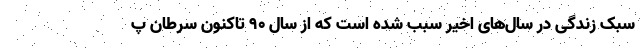
سبک زندگی در سال‌های اخیر سبب شده است که از سال ۹۰ تاکنون سرطان پ